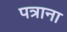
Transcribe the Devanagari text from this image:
पत्राना